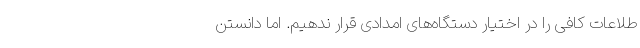
طلاعات کافی را در اختیار دستگاه‌های امدادی قرار ندهیم. اما دانستن